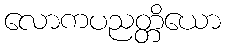
လောကပညတ္တိယော